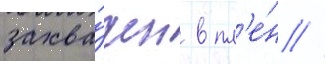
захва́чен в пл'е́н //